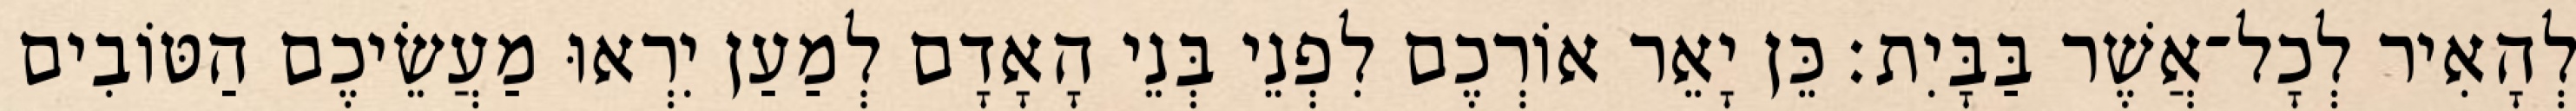
לְהָאִיר לְכָל־אֲשֶׁר בַּבָּיִת׃ כֵּן יָאֵר אוֹרְכֶם לִפְנֵי בְּנֵי הָאָדָם לְמַעַן יִרְאוּ מַעֲשֵׂיכֶם הַטּוֹבִים